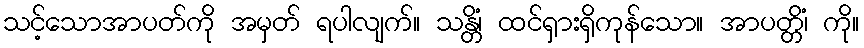
သင့်သောအာပတ်ကို အမှတ် ရပါလျက်။ သန္တိံ၊ ထင်ရှားရှိကုန်သော။ အာပတ္တိံ၊ ကို။